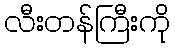
လီးတန်ကြီးကို